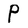
Character: P